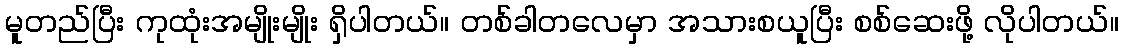
မူတည်ပြီး ကုထုံးအမျိုးမျိုး ရှိပါတယ်။ တစ်ခါတလေမှာ အသားစယူပြီး စစ်ဆေးဖို့ လိုပါတယ်။